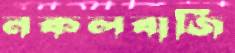
নকলবাজি